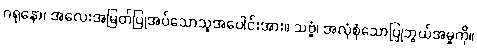
ဂရုနော၊ အလေးအမြတ်ပြုအပ်သောသူအပေါင်းအား။ သဗ္ဗံ၊ အလုံစုံသောပြုဘွယ်အမှုကို။